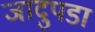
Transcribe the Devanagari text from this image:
जादुपडा